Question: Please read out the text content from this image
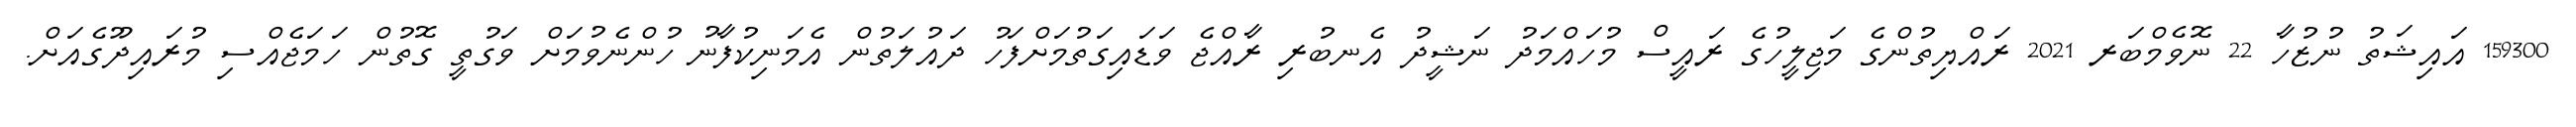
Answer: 159300 އައިޝަތު ނުޒުހާ 22 ނޮވެމްބަރ 2021 ރައްޔިތުންގެ މަޖިލީހުގެ ރައީސް މުހައްމަދު ނަޝީދު އެނބުރި ރާއްޖެ ވަޑައިގަތުމަށްފަހު ދައުލަތުން އެމަނިކުފާނު ހުންނެވުމަށް ވަގުތީ ގޮތުން ހަމަޖެއްސި މުރައިދޫގެއަށް.